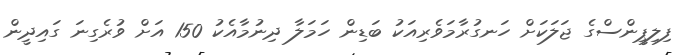
ފިލިޕީންސްގެ ޖަލަކަށް ހަނގުރާމަވެރިއަކު ބަޑިން ހަމަލާ ދިނުމާއެކު 150 އަށް ވުރެގިނަ ގައިދީން